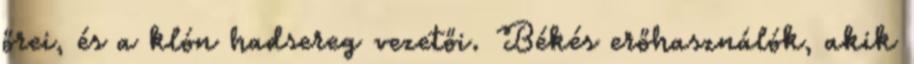
őrei, és a klón hadsereg vezetői. Békés erőhasználók, akik